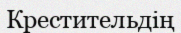
Крестительдің